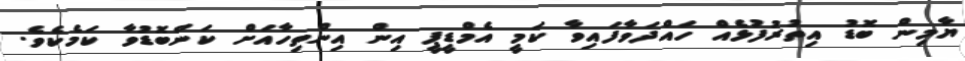
ޔާމިން ބޮޑު އިތުރުފުޅެއް ހައްދަވާފައިވާ ކަމީ އެމްޑީޕީ އިން އިންތިހާއަށް ކަންބޮޑުވާ ކަމެކެވެ.